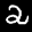
Label: 2